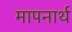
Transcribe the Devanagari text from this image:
मापनार्थ